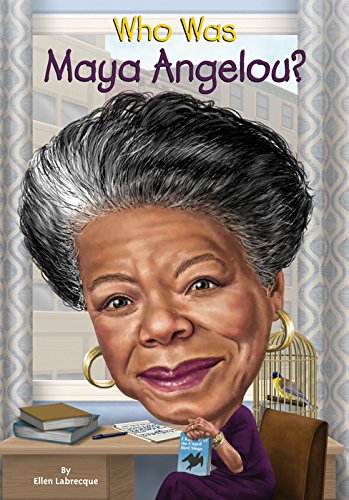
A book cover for Who Was Maya Angelou?; Ellen Labrecque; Children's Books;